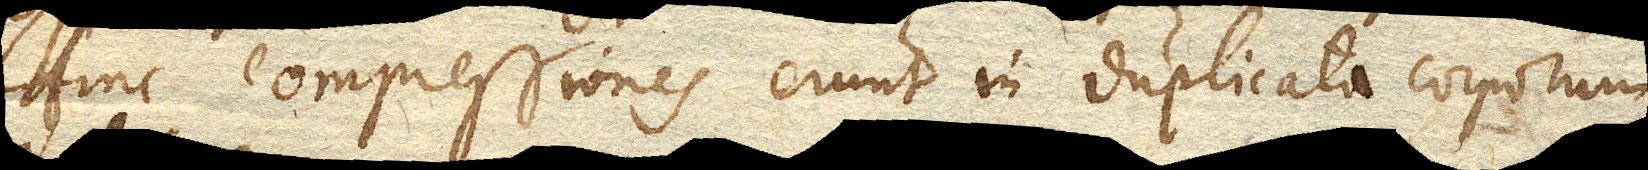
Hinc compressiones erunt in duplicata corporum